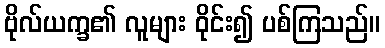
ဗိုလ်ယက္ခ၏ လူများ ဝိုင်း၍ ပစ်ကြသည်။